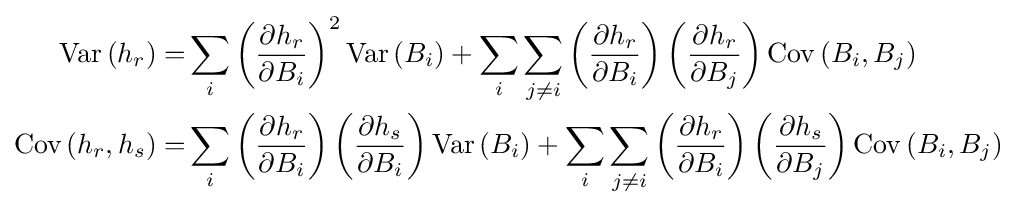
{\begin{aligned}\operatorname {Var} \left(h_{r}\right)=&\sum _{i}\left({\frac {\partial h_{r}}{\partial B_{i}}}\right)^{2}\operatorname {Var} \left(B_{i}\right)+\sum _{i}\sum _{j\neq i}\left({\frac {\partial h_{r}}{\partial B_{i}}}\right)\left({\frac {\partial h_{r}}{\partial B_{j}}}\right)\operatorname {Cov} \left(B_{i},B_{j}\right)\\\operatorname {Cov} \left(h_{r},h_{s}\right)=&\sum _{i}\left({\frac {\partial h_{r}}{\partial B_{i}}}\right)\left({\frac {\partial h_{s}}{\partial B_{i}}}\right)\operatorname {Var} \left(B_{i}\right)+\sum _{i}\sum _{j\neq i}\left({\frac {\partial h_{r}}{\partial B_{i}}}\right)\left({\frac {\partial h_{s}}{\partial B_{j}}}\right)\operatorname {Cov} \left(B_{i},B_{j}\right)\end{aligned}}